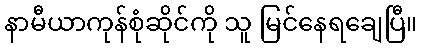
နာမီယာကုန်စုံဆိုင်ကို သူ မြင်နေရချေပြီ။